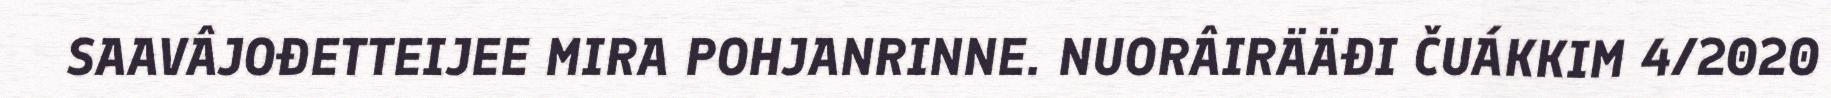
SAAVÂJOĐETTEIJEE MIRA POHJANRINNE. NUORÂIRÄÄĐI ČUÁKKIM 4/2020